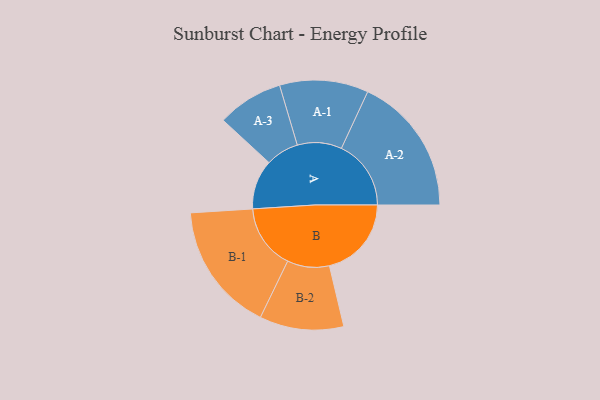
{"axis": {"x": "Segment", "y": "Value"}, "legend": ["", "A", "B"], "data": [{"x": "A", "y": 192, "type": ""}, {"x": "B", "y": 318, "type": ""}, {"x": "A-1", "y": 172, "type": "A"}, {"x": "A-2", "y": 270, "type": "A"}, {"x": "A-3", "y": 128, "type": "A"}, {"x": "B-1", "y": 251, "type": "B"}, {"x": "B-2", "y": 163, "type": "B"}]}